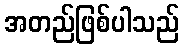
အတည်ဖြစ်ပါသည်